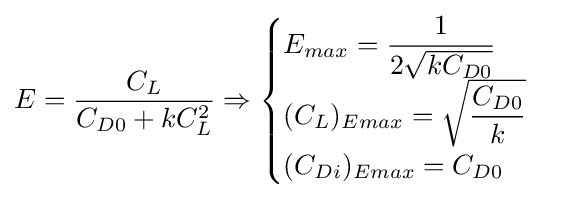
E={\dfrac {C_{L}}{C_{D0}+kC_{L}^{2}}}\Rightarrow {\begin{cases}E_{max}={\dfrac {1}{2{\sqrt {kC_{D0}}}}}\\(C_{L})_{Emax}={\sqrt {\dfrac {C_{D0}}{k}}}\\(C_{Di})_{Emax}=C_{D0}\end{cases}}